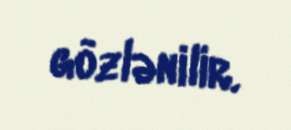
gözlənilir.